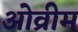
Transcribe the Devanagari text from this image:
ओव्रीम